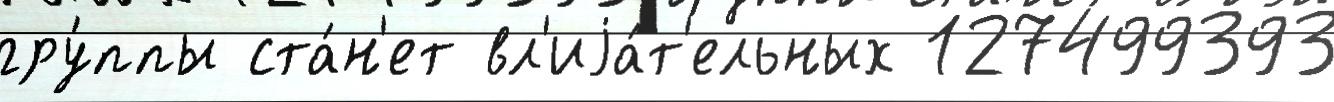
гру́ппы ста́н'ет вл'иjа́т'ельных 127499393